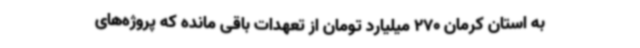
به استان کرمان 270 میلیارد تومان از تعهدات باقی مانده که پروژه‌های